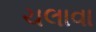
ચલાવા